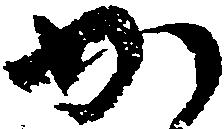
か